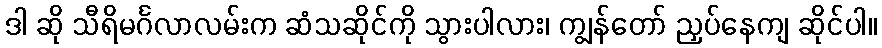
ဒါ ဆို သီရိမင်္ဂလာလမ်းက ဆံသဆိုင်ကို သွားပါလား၊ ကျွန်တော် ညှပ်နေကျ ဆိုင်ပါ။